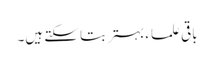
باقی علماء بہتر بتا سکتے ہیں۔